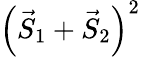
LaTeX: \left({\vec{S}}_{1}+{\vec{S}}_{2}\right)^{2}